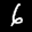
Label: 6